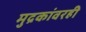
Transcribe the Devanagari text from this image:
मुद्रकांवरही